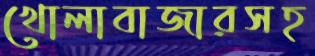
খোলাবাজারসহ